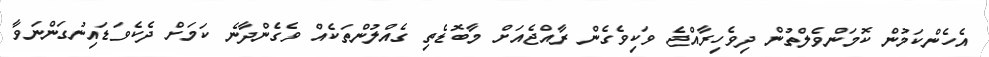
އެހެންކަމުން ކޮމަންވެލްތުން ދިވެހިރާއްޖެ ވަކިވެގެން ރާއްޖެއަށް މާބޮޑެތި ގެއްލުންތަކެއް ވެގެންދާނެ ކަމަށް ދެކެވަޑައިނުގަންނަވާ